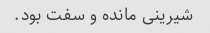
شیرینی مانده و سفت بود.